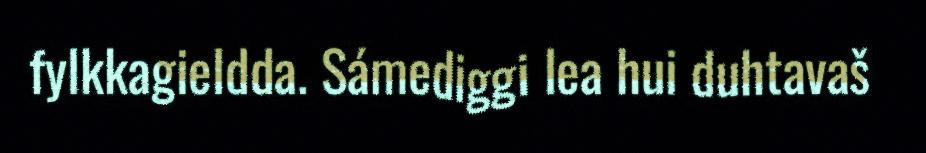
fylkkagieldda. Sámediggi lea hui duhtavaš